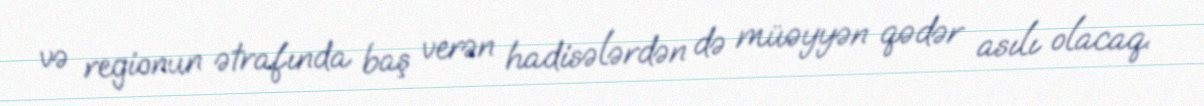
və regionun ətrafında baş verən hadisələrdən də müəyyən qədər asılı olacaq.